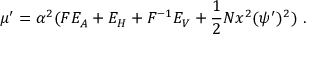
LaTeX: \mu ^ { \prime } = \alpha ^ { 2 } ( F E _ { A } + E _ { H } + F ^ { - 1 } E _ { V } + { \frac { 1 } { 2 } } N x ^ { 2 } ( \psi ^ { \prime } ) ^ { 2 } ) \ .